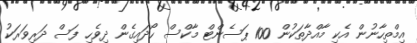
އިމްތިހާނުން އެކި މާއްދާތަކުން 100 ޕަސެންޓް މާކްސް ހޯދައިގެން ދިވެހި ފަސް ދަރިވަރަކު